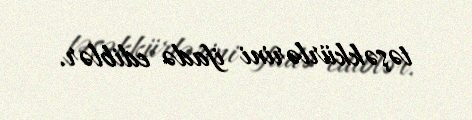
təşəkkürlərini ifadə ediblər.